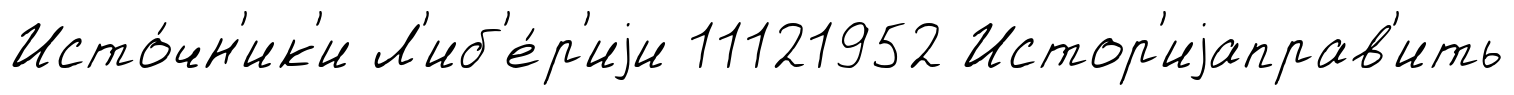
Исто́чн'ик'и Л'иб'е́р'иjи 11121952 Истор'иjаправ'ить